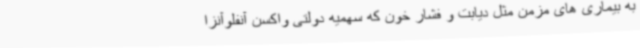
به بیماری های مزمن مثل دیابت و فشار خون که سهمیه دولتی واکسن آنفلوآنزا